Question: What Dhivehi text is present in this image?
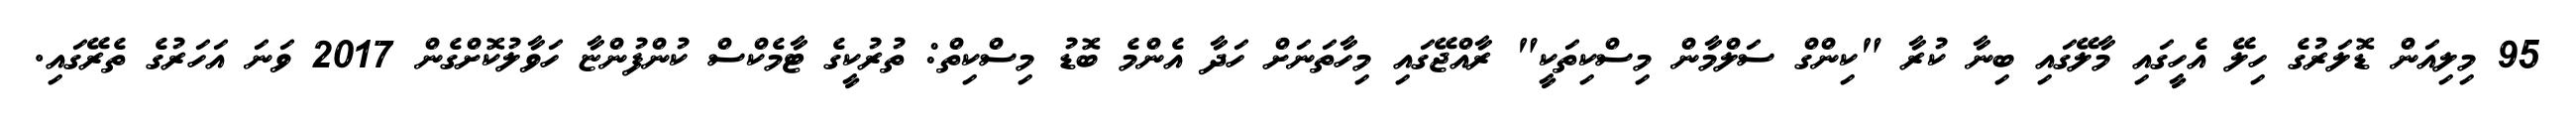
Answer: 95 މިލިއަން ޑޮލަރުގެ ހިލޭ އެހީގައި މާލޭގައި ބިނާ ކުރާ "ކިންގް ސަލްމާން މިސްކިތަކީ" ރާއްޖޭގައި މިހާތަނަށް ހަދާ އެންމެ ބޮޑު މިސްކިތް: ތުރުކީގެ ޓާމެކްސް ކުންފުންޏާ ހަވާލުކޮށްގެން 2017 ވަނަ އަހަރުގެ ތެރޭގައި.